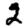
Digit: 2